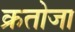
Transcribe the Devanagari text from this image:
क्रतोजा